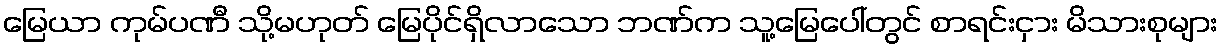
မြေယာ ကုမ်ပဏီ သို့မဟုတ် မြေပိုင်ရှိလာသော ဘဏ်က သူ့မြေပေါ်တွင် စာရင်းငှား မိသားစုများ